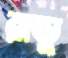
রাডু